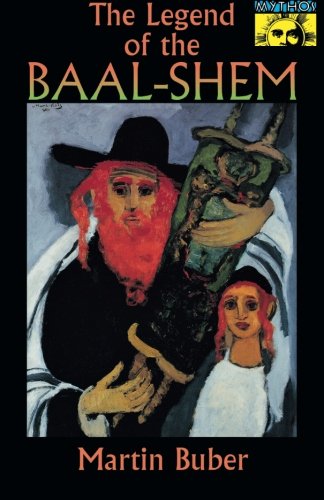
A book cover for The Legend of the Baal-Shem; Martin Buber; Religion & Spirituality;